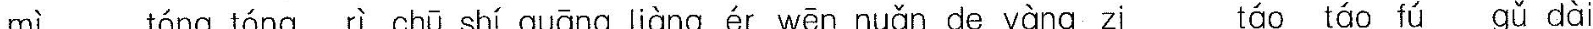
mì tóng tóng rì chū shí guāng liàng ér wēn nuǎn de yàngzi táo táo fú gǔ dài